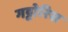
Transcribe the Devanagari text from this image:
गट्टोरिस